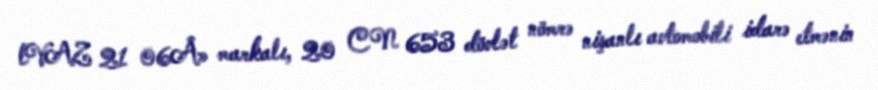
lVAZ 21 06Â» markalı, 20 CN 653 dövlət nömrə nişanlı avtomobili idarə etmənin